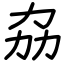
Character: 劦